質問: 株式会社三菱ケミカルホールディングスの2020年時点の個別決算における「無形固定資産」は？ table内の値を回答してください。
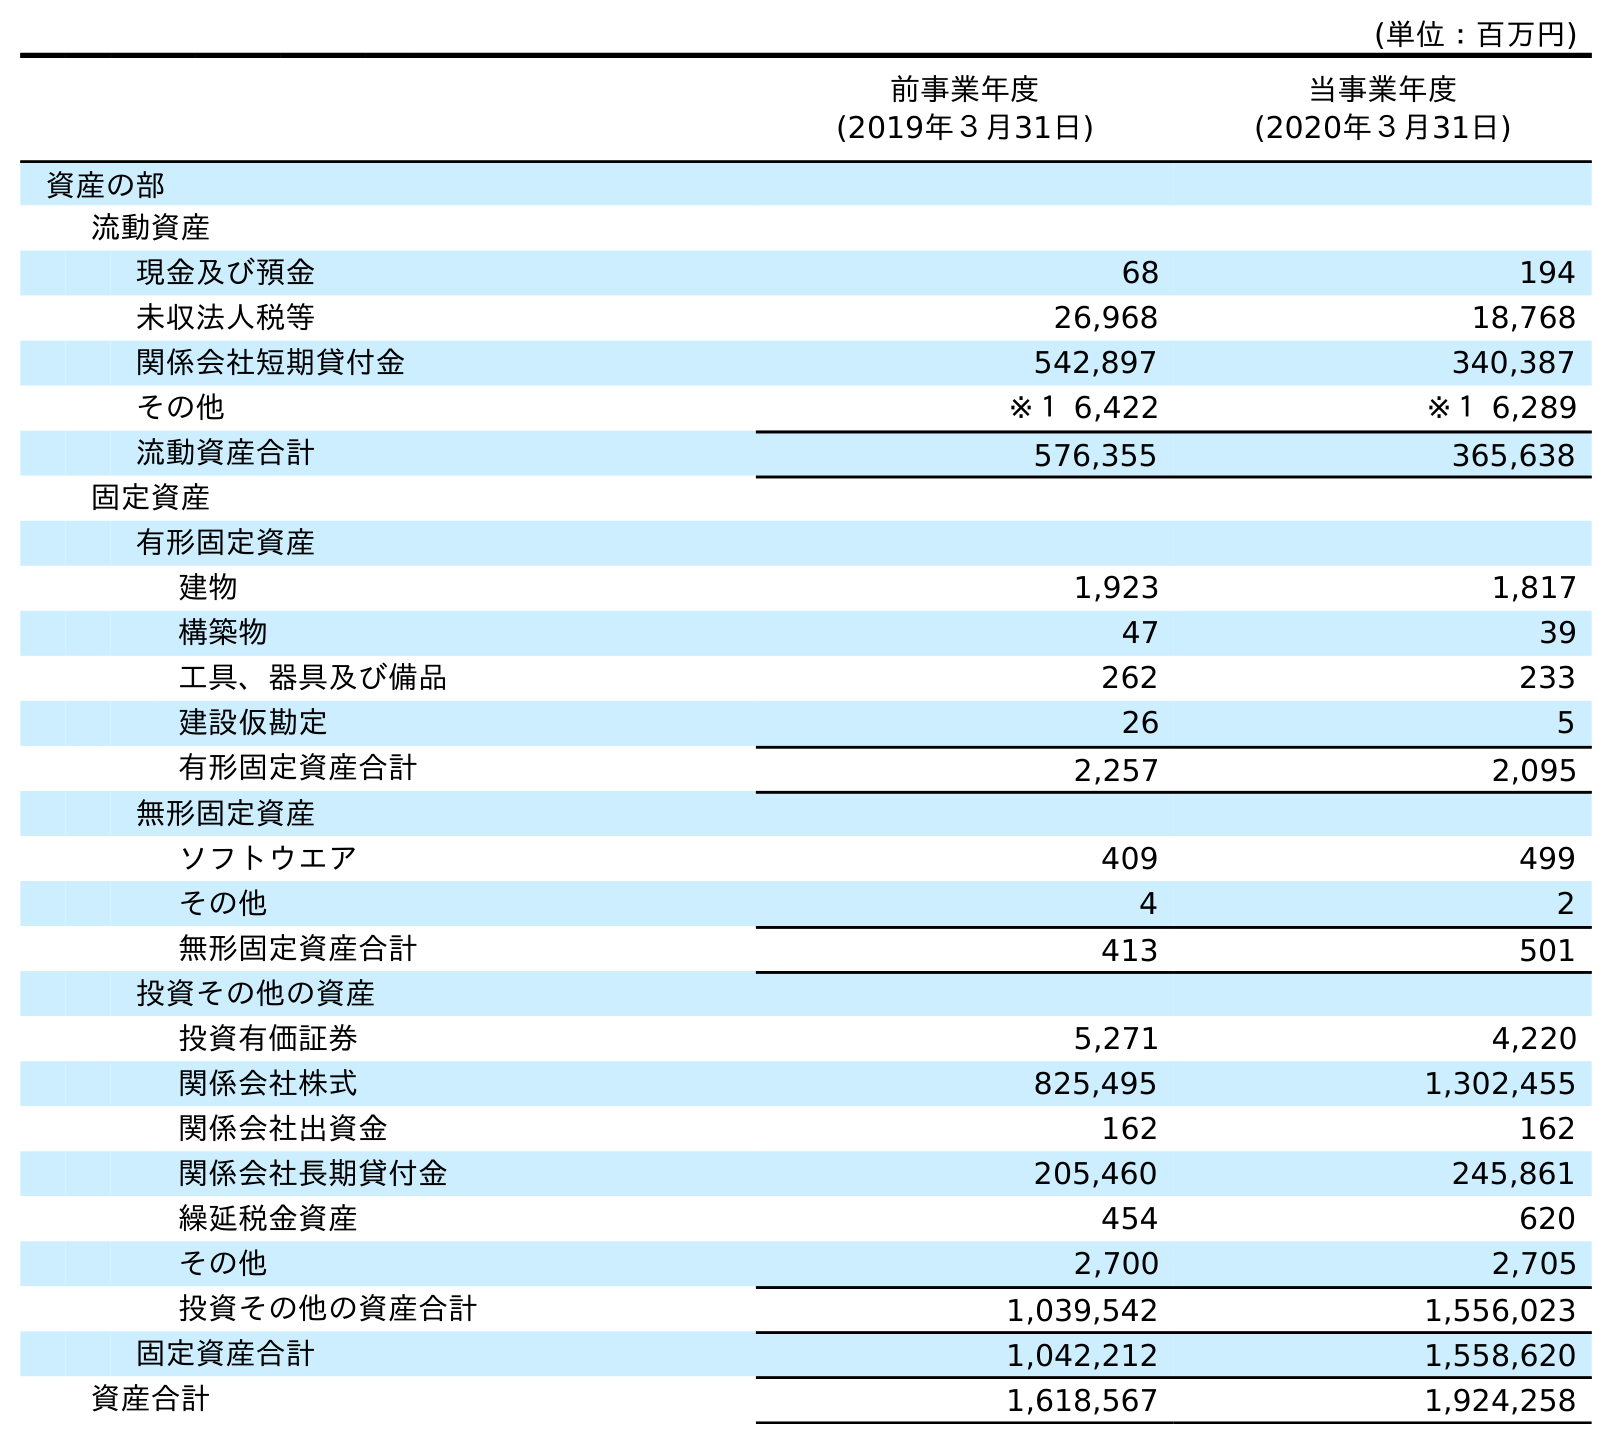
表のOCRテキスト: (単位：百万円) 前事業年度 (2019年３月31日) 当事業年度 (2020年３月31日) 資産の部 流動資産 現金及び預金 68 194 未収法人税等 26,968 18,768 関係会社短期貸付金 542,897 340,387 その他 ※１ 6,422 ※１ 6,289 流動資産合計 576,355 365,638 固定資産 有形固定資産 建物 1,923 1,817 構築物 47 39 工具、器具及び備品 262 233 建設仮勘定 26 5 有形固定資産合計 2,257 2,095 無形固定資産 ソフトウエア 409 499 その他 4 2 無形固定資産合計 413 501 投資その他の資産 投資有価証券 5,271 4,220 関係会社株式 825,495 1,302,455 関係会社出資金 162 162 関係会社長期貸付金 205,460 245,861 繰延税金資産 454 620 その他 2,700 2,705 投資その他の資産合計 1,039,542 1,556,023 固定資産合計 1,042,212 1,558,620 資産合計 1,618,567 1,924,258
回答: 501